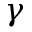
\gamma